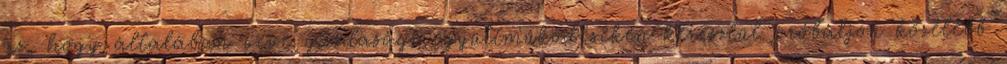
az, hogy általában véve gazdasági együttműködéseken keresztül próbáljon közelebb